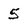
Character: 5